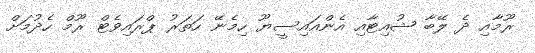
ރޫމާއި ދެ ލޭބާ ޝުއިޓާއި އެންއައިސީޔޫ ހިމެނޭ ހަތަރު ޕްރައިވެޓް ރޫމް ހެދުމަށް